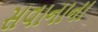
સવાનાના